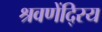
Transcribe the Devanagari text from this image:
श्रवणेंदि्रय